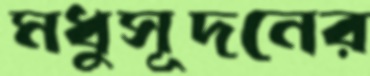
মধুসূদনের